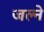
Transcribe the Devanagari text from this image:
जल्ने